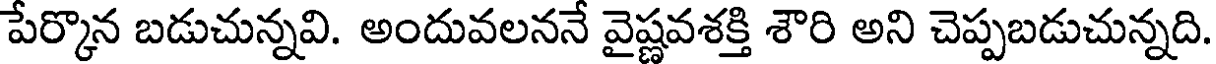
పేర్కొన బడుచున్నవి. అందువలననే వైష్ణవశక్తి శౌరి అని చెప్పబడుచున్నది